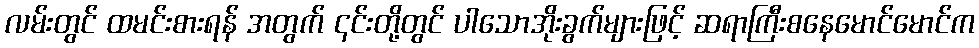
လမ်းတွင် ထမင်းစားရန် အတွက် ၎င်းတို့တွင် ပါသောအိုးခွက်များဖြင့် ဆရာကြီးစနေမောင်မောင်က